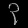
Digit: ၃